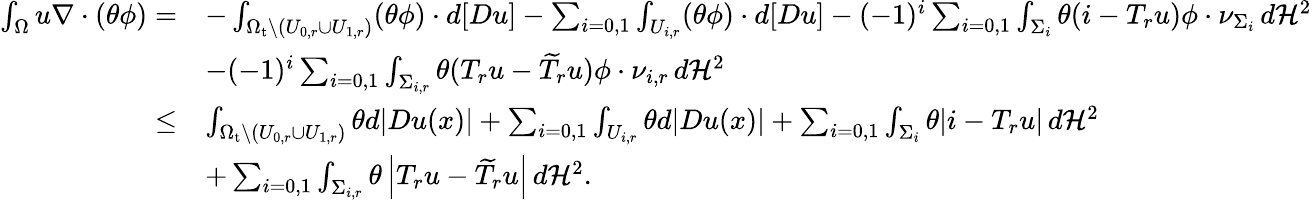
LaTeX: \begin{array}{rl}{\int_{\Omega}u\nabla\cdot\left(\theta\phi\right)=}&{-\int_{\Omega_{\mathrm{t}}\setminus(U_{0,r}\cup U_{1,r})}(\theta\phi)\cdot d[Du]-\sum_{i=0,1}\int_{U_{i,r}}(\theta\phi)\cdot d[Du]-(-1)^{i}\sum_{i=0,1}\int_{\Sigma_{i}}\theta(i-T_{r}u)\phi\cdot\nu_{\Sigma_{i}}\, d\mathcal H^{2}}\\ &{-(-1)^{i}\sum_{i=0,1}\int_{\Sigma_{i,r}}\theta(T_{r}u-\widetilde{T}_{r}u)\phi\cdot\nu_{i,r}\, d\mathcal H^{2}}\\ {\leq}&{\int_{\Omega_{\mathrm{t}}\setminus(U_{0,r}\cup U_{1,r})}\theta d|Du(x)|+\sum_{i=0,1}\int_{U_{i,r}}\theta d|Du(x)|+\sum_{i=0,1}\int_{\Sigma_{i}}\theta|i-T_{r}u|\, d\mathcal H^{2}}\\ &{+\sum_{i=0,1}\int_{\Sigma_{i,r}}\theta\left|T_{r}u-\widetilde{T}_{r}u\right|\, d\mathcal H^{2}.}\end{array}